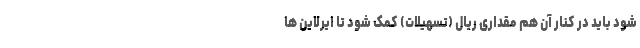
شود باید در کنار آن هم مقداری ریال (تسهیلات) کمک شود تا ایرلاین ها